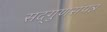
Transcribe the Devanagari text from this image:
सद्‌गुणसंपन्न